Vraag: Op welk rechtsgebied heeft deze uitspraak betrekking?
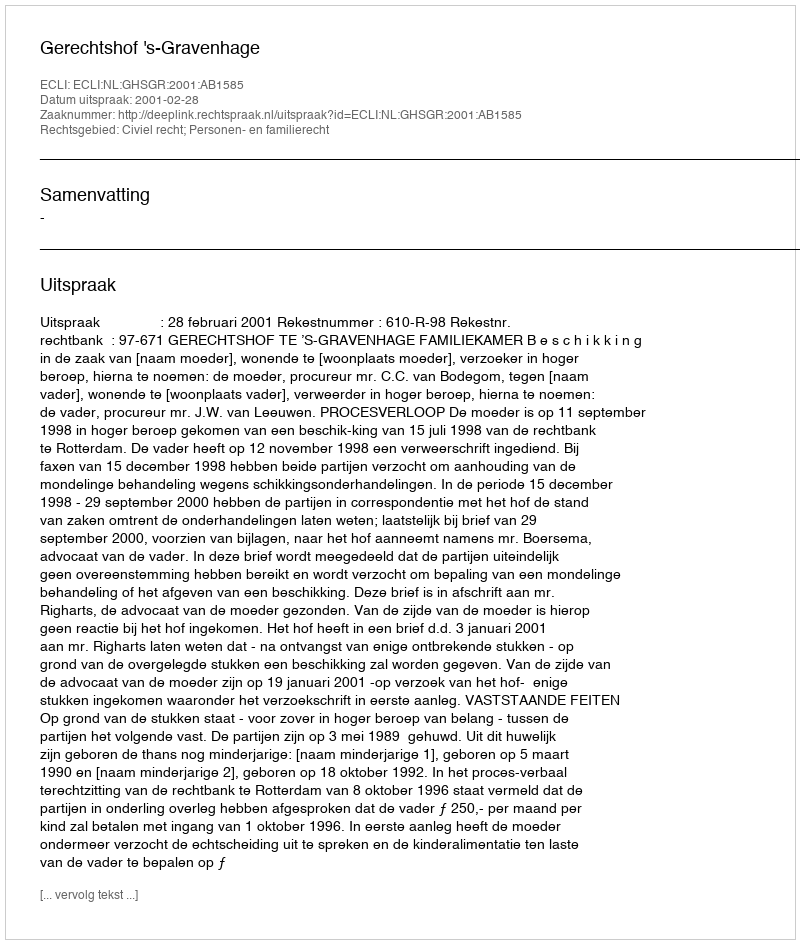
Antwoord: Civiel recht; Personen- en familierecht